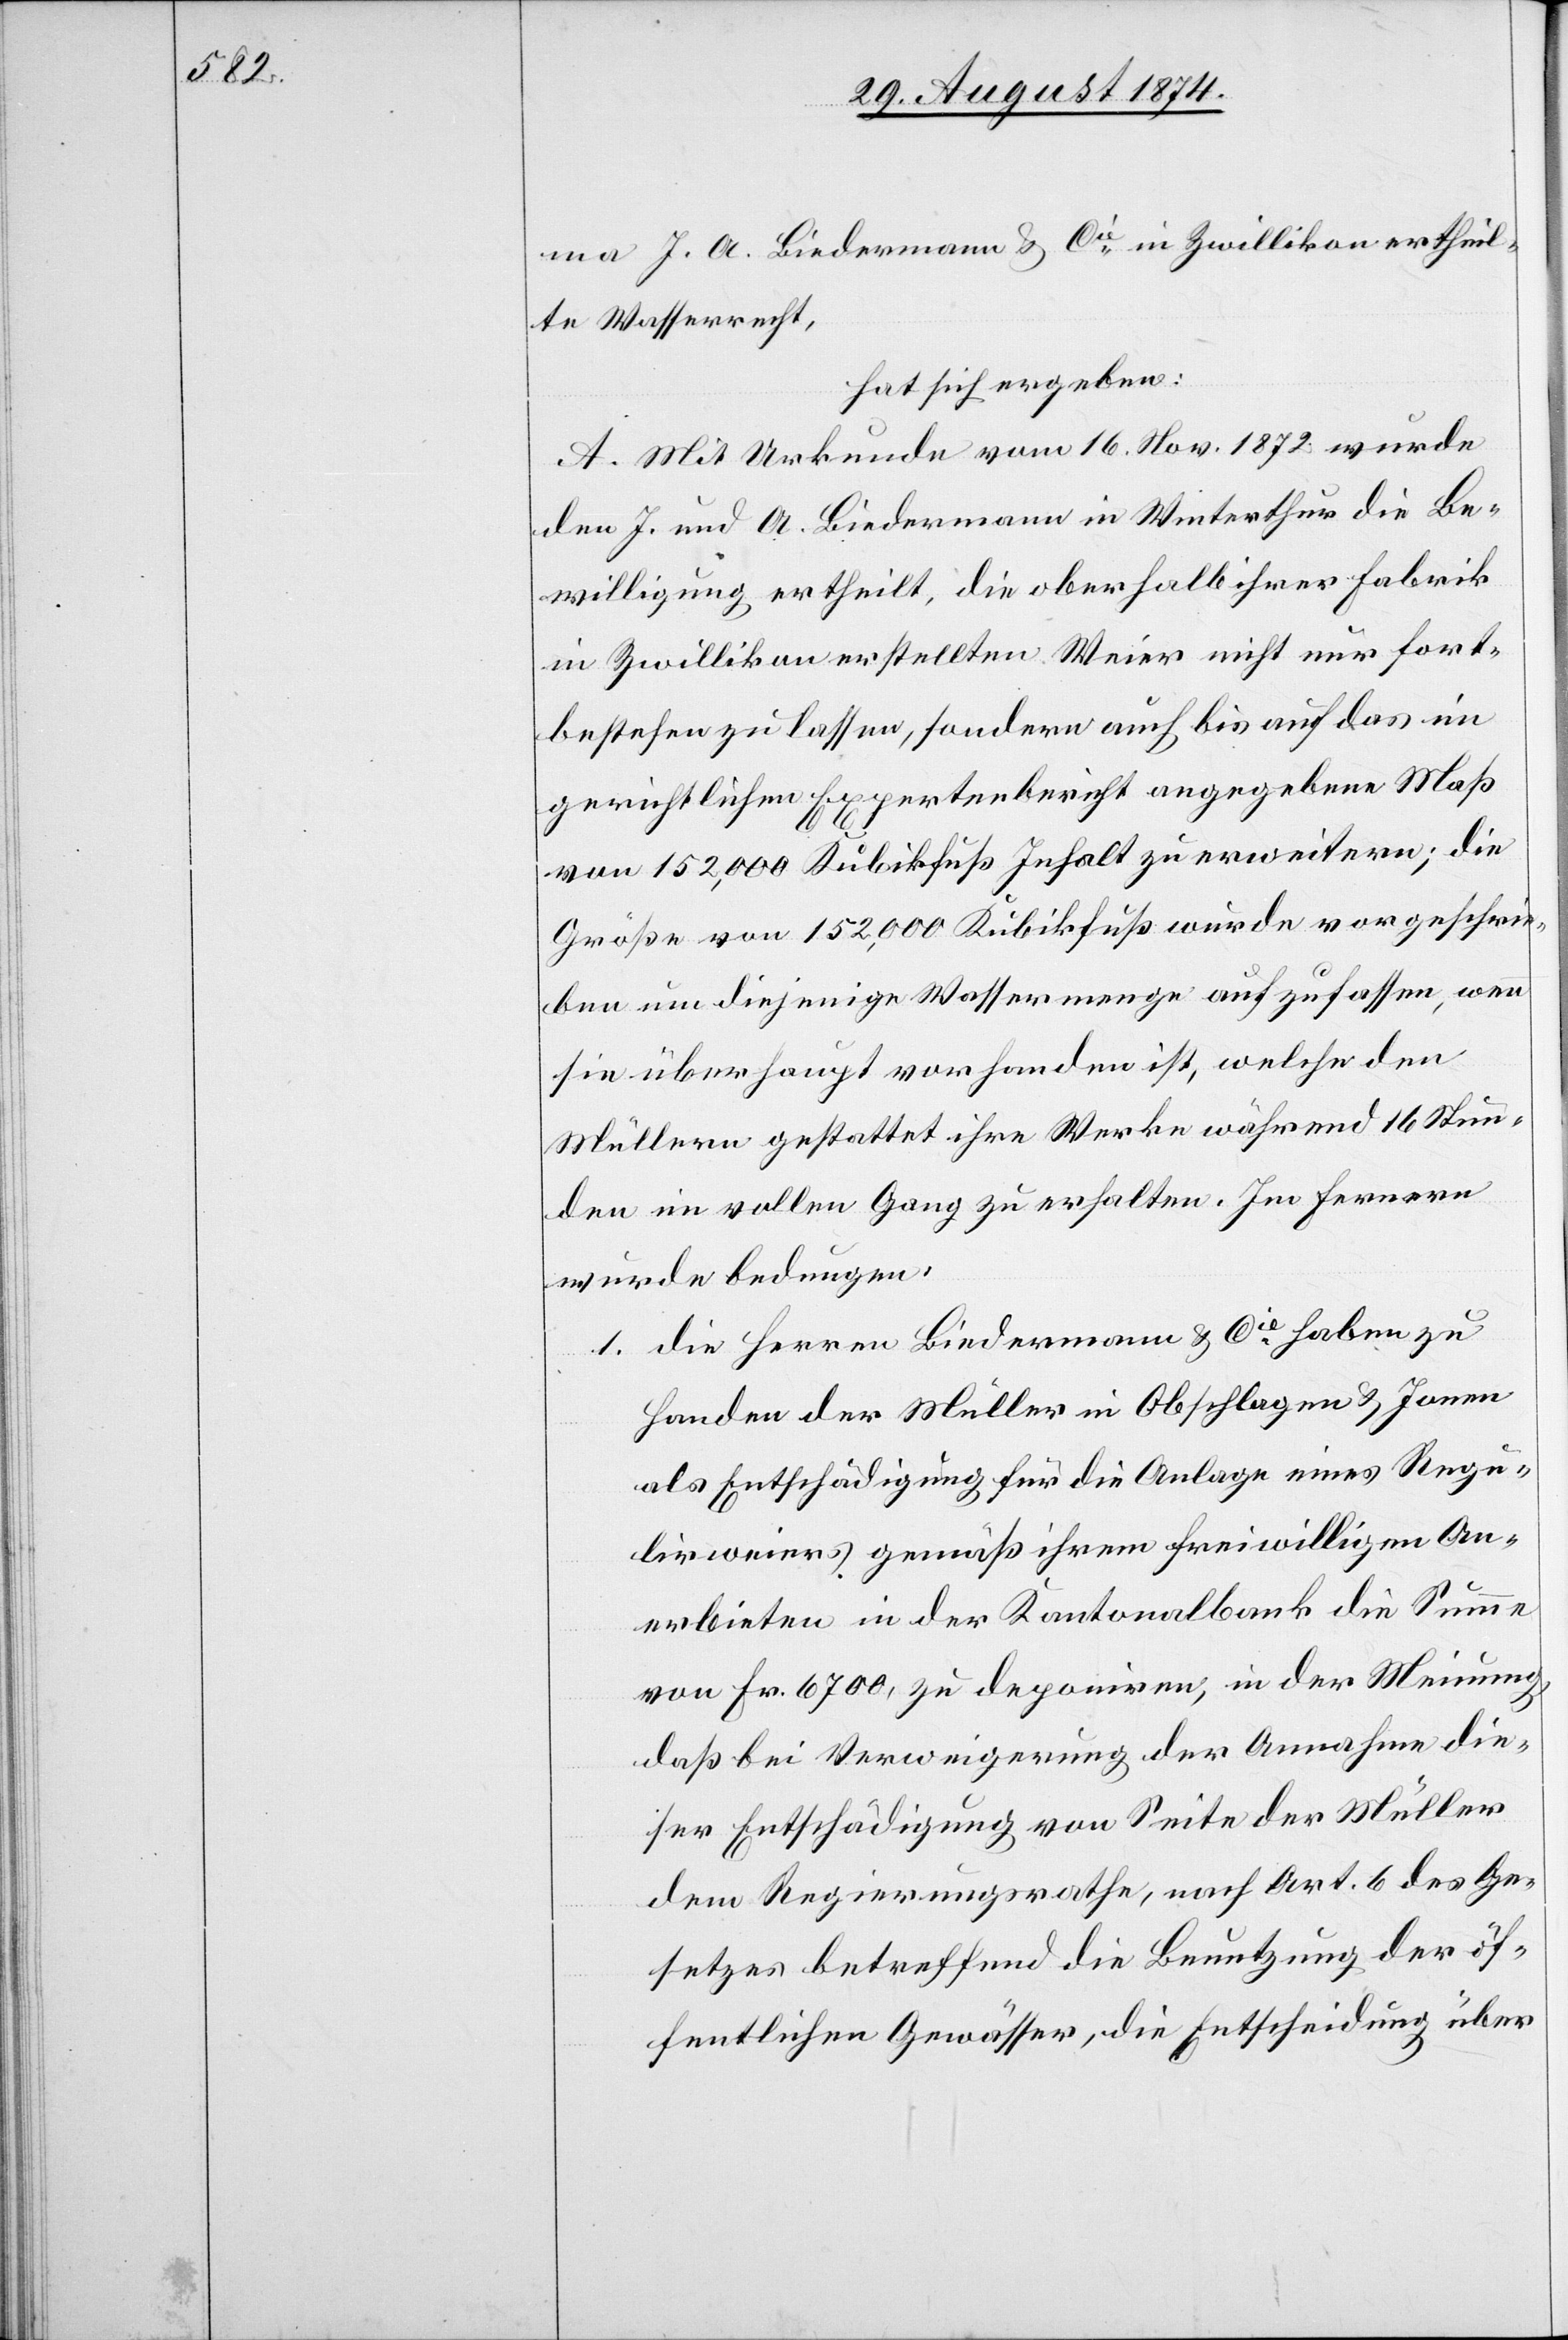
ma J. A. Biedermann u. Cie in Zwillikon ertheil¬
te Wasserrecht,
hat sich ergeben:
A. Mit Urkunde vom 16. Nov. 1872 wurde
den J. und A. Biedermann in Winterthur die Be¬
willigung ertheilt, die oberhalb ihrer Fabrik
in Zwillikon erstellten Weier nicht nur fort¬
bestehen zu lassen, sondern auch bis auf das im
gerichtlichen Expertenbericht angegebene Maß
von 152,000 Kubikfuß Inhalt zu erweitern; die
Größe von 152,000 Kubikfuß wurde vorgeschrie¬
ben um diejenige Wassermenge aufzufassen, wenn
sie überhaupt vorhanden ist, welche den
Müllern gestattet ihre Werke während 16 Stun¬
den im vollen Gang zu erhalten. Im Fernern
wurde bedungen:
1. die Herren Biedermann u. Cie haben zu
Handen der Müller in Obschlagen u. Jonen
als Entschädigung für die Anlage eines Regu¬
lirweiers gemäß ihrem freiwilligen An¬
erbieten in der Kantonalbank die Summe
von Fr. 6700, zu deponiren, in der Meinung,
daß bei Verzweigung der Annahme die¬
ser Entschädigung von Seite der Müller
dem Regierungsrathe, nach Art. 6 des Ge¬
setzes betreffend die Benutzung der öf¬
fentlichen Gewässer, die Entscheidung über